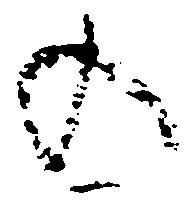
の